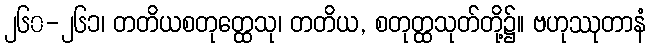
၂၆၀-၂၆၁၊ တတိယစတုတ္ထေသု၊ တတိယ, စတုတ္ထသုတ်တို့၌။ ဗဟုဿုတာနံ